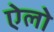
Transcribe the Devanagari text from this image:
ऐलो